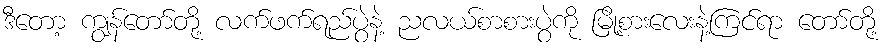
ဒီတော့ ကျွန်တော်တို့ လက်ဖက်ရည်ပွဲနဲ့ ညလယ်စာစားပွဲကို မြို့စားလေးနဲ့ကြင်ရာ တော်တို့